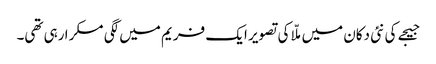
جیجے کی نئی دکان میں ملّا کی تصویر ایک فریم میں لگی مسکرا رہی تھی۔